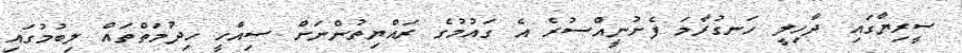
ސީރިޔާގައި ދާހިލީ ހަނގުރާމަ ފެށުނީއްސުރެ އެ ގައުމުގެ ރައްޔިތުންނަށް ސިއްހީ ހިދުމަތްތައް ލިބުމުގައި